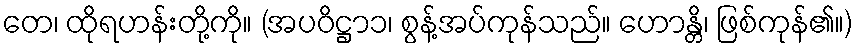
တေ၊ ထိုရဟန်းတို့ကို။ (အပဝိဋ္ဌာ၁၊ စွန့်အပ်ကုန်သည်။ ဟောန္တိ၊ ဖြစ်ကုန်၏။)